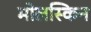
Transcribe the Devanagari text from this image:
मोलस्किन